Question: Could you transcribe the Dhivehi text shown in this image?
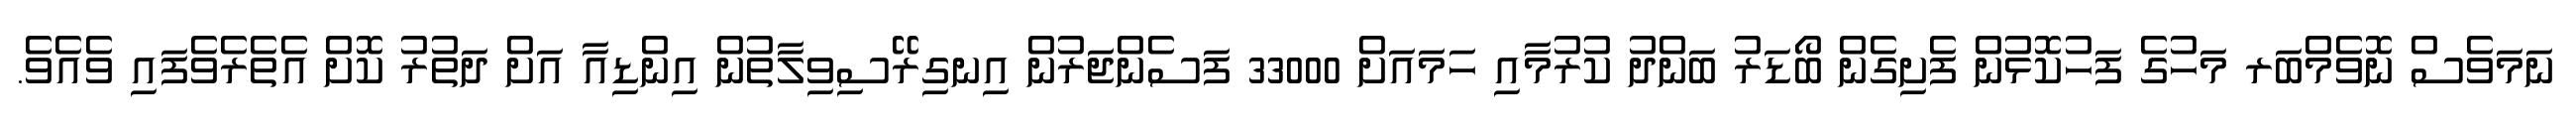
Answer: ނަމަވެސް ނޮވެމްބަރ މަހުގެ ފަހުކޮޅުން ފެށިގެން ބޯޑަރު ބަންދު ކުރުމާއި ހަމައަށް 33000 ފަސެންޖަރުން އިނގިރޭސިވިލާތުން އިންޑިއާ އަށް ދަތުރު ކޮށް އެތެރެވެފައި ވެއެވެ.